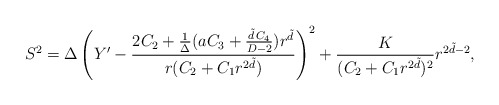
\begin{align*}S^2=\Delta\left( Y^\prime -\frac{ 2C_2+\frac{1}{\Delta}( a C_3 + \frac{\tilde{d}\, C_4}{D-2}) r^{\tilde{d}} } { r(C_2+C_1r^{2\tilde{d}})} \right)^2 +\frac{K}{(C_2+C_1r^{2\tilde{d}})^2 }r^{2\tilde{d}-2},\end{align*}